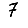
Digit: 7